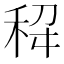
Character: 𫀭